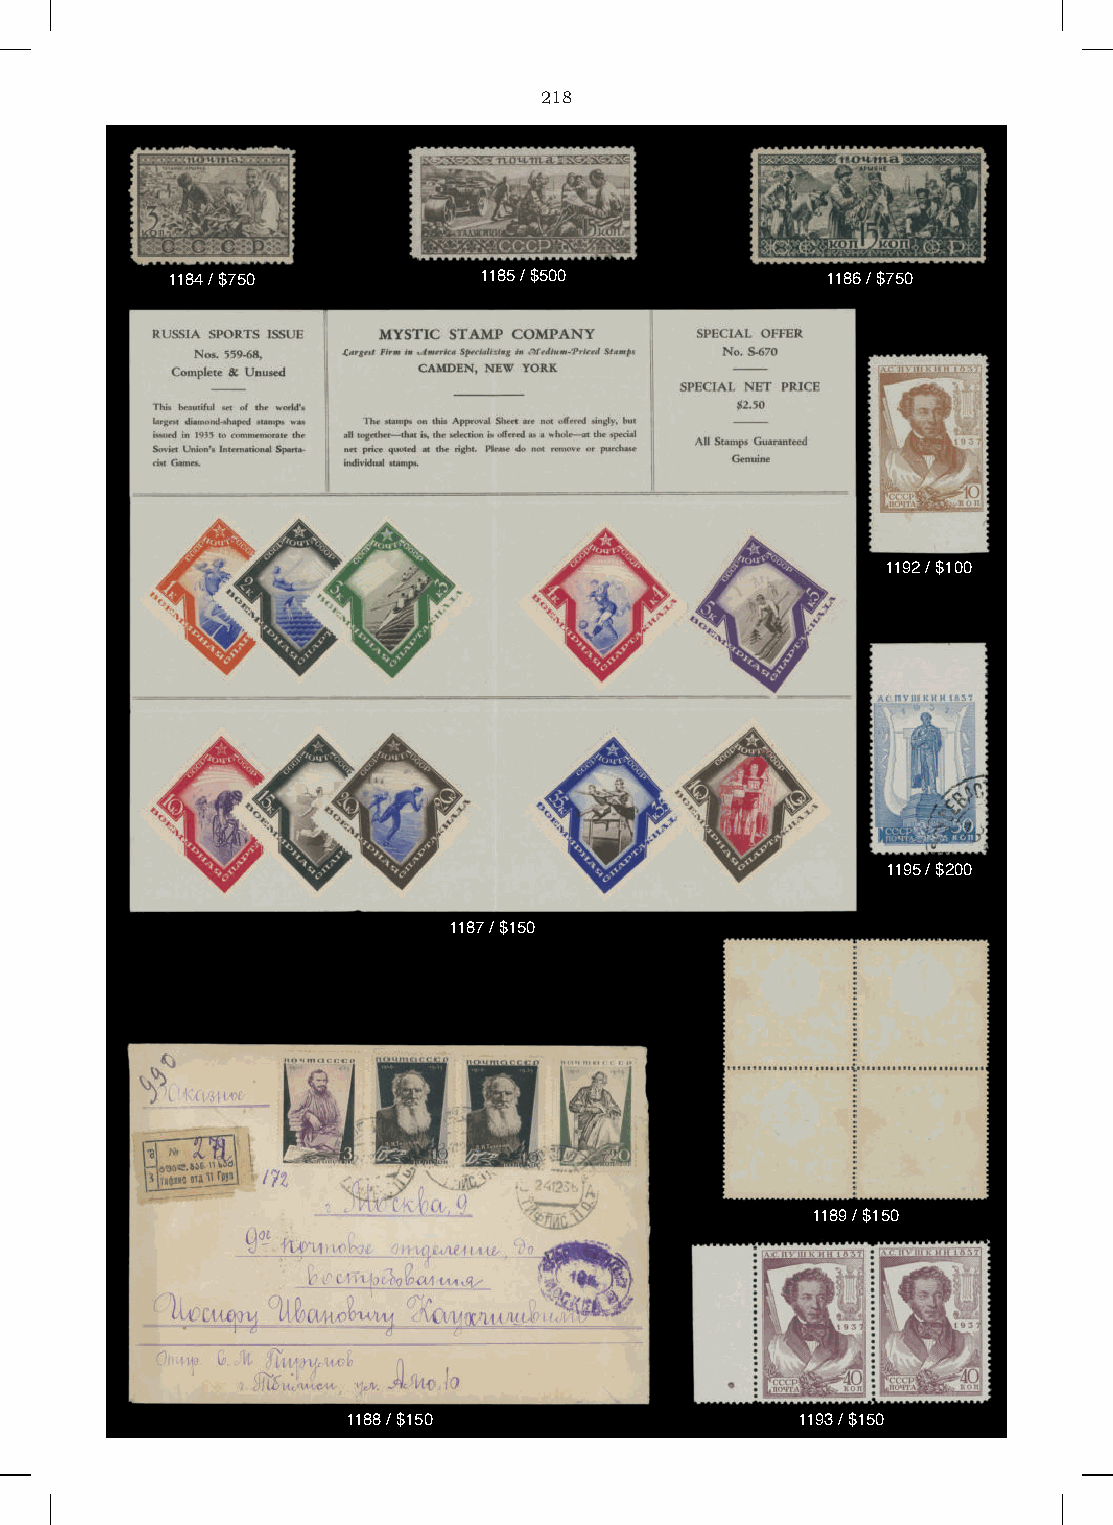
218
 1184 / $750          1185 / $500            1186 / $750
 1192 / $100
 1195 / $200
 1187 / $150
 1189 / $150
 1188 / $150                   1193 / $150